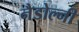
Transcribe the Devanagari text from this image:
नैडोल्नी